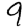
Digit: 9